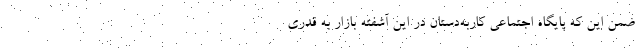
ضمن این که پایگاه اجتماعی کار‌به‌دستان در این آشفته بازار به قدری